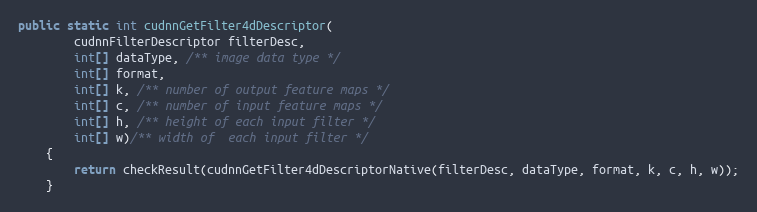
Language: Java
public static int cudnnGetFilter4dDescriptor(
        cudnnFilterDescriptor filterDesc,
        int[] dataType, /** image data type */
        int[] format,
        int[] k, /** number of output feature maps */
        int[] c, /** number of input feature maps */
        int[] h, /** height of each input filter */
        int[] w)/** width of  each input filter */
    {
        return checkResult(cudnnGetFilter4dDescriptorNative(filterDesc, dataType, format, k, c, h, w));
    }